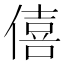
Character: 僖